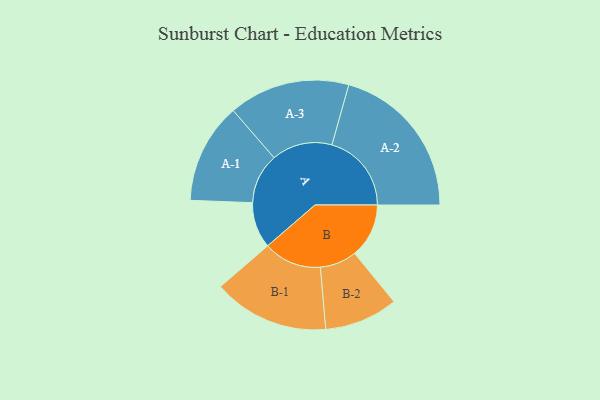
{"axis": {"x": "Segment", "y": "Value"}, "legend": ["", "A", "B"], "data": [{"x": "A", "y": 160, "type": ""}, {"x": "B", "y": 189, "type": ""}, {"x": "A-1", "y": 175, "type": "A"}, {"x": "A-2", "y": 277, "type": "A"}, {"x": "A-3", "y": 211, "type": "A"}, {"x": "B-1", "y": 202, "type": "B"}, {"x": "B-2", "y": 128, "type": "B"}]}